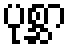
ပုစ္ဆာ